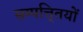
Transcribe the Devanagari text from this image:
सम्पत्ति्तयों